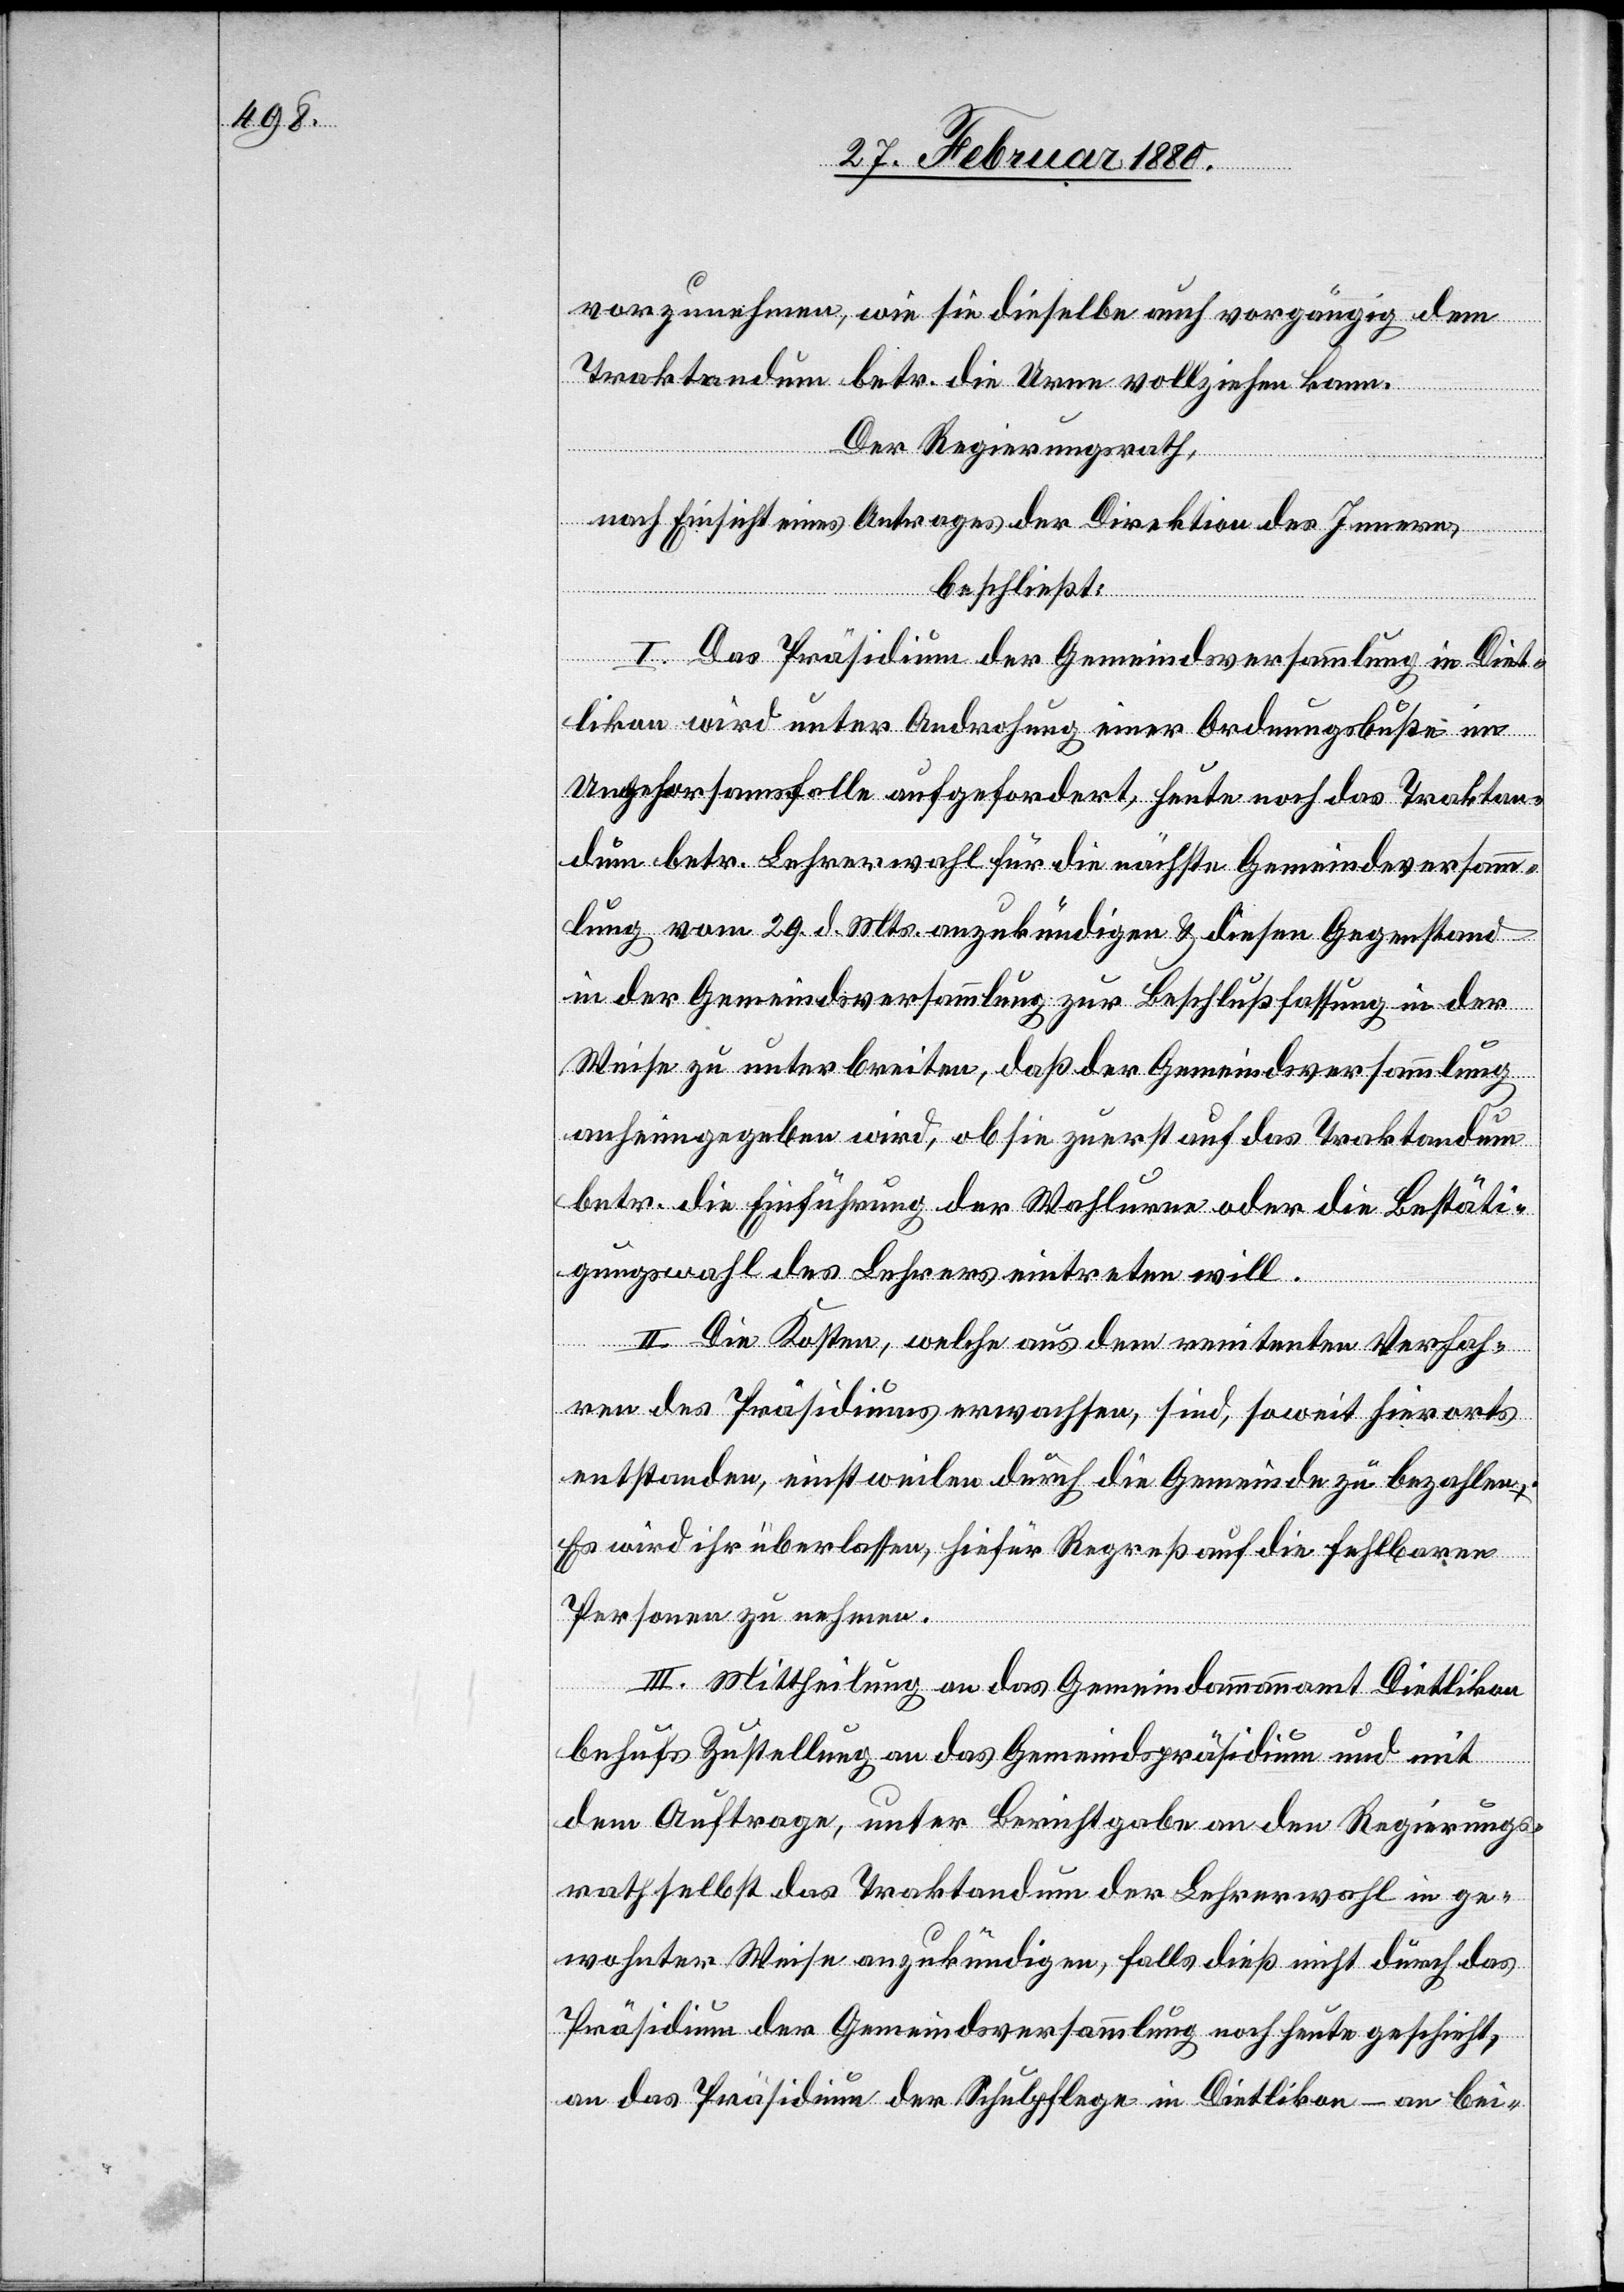
vorzunehmen, wie sie dieselbe auch vorgängig dem
Traktandum betr. die Urne vollziehen kann.
Der Regierungsrath,
nach Einsicht eines Antrages der Direktion des Innern,
beschließt:
I. Das Präsidium der Gemeindsversammlung in Diet¬
likon wird unter Androhung einer Ordnungsbuße im
Ungehorsamsfalle aufgefordert, heute noch das Traktan¬
dum betr. Lehrerwahl für die nächste Gemeindeversamm¬
lung vom 29. d. Mts. anzukündigen & diesen Gegenstand
in der Gemeindsversammlung zur Beschlußfassung in der
Weise zu unterbreiten, daß der Gemeindsversammlung
anheimgegeben wird, ob sie zuerst auf das Traktandum
betr. die Einführung der Wahlurne oder die Bestäti¬
gungswahl des Lehrers eintreten will.
II. Die Kosten, welche aus dem renitenten Verhal¬
ten des Präsidiums erwachsen, sind, soweit hierorts
entstanden, einstweilen durch die Gemeinde zu bezahlen.
Es wird ihr überlassen, hiefür Regreß auf die fehlbaren
Personen zu nehmen.
III. Mittheilung an das Gemeindammannamt Dietlikon
behufs Zustellung an das Gemeindspräsidium und mit
dem Auftrage, unter Berichtgabe an den Regierungs¬
rath selbst das Traktandum der Lehrerwahl in ge¬
wohnter Weise anzukündigen, falls dieß nicht durch das
Präsidium der Gemeindsversammlung noch heute geschieht,
an das Präsidium der Schulpflege in Dietlikon – an bei-